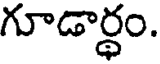
గూడార్ధం.